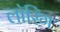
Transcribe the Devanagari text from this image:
लॉरिंग